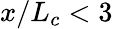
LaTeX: x/L_{c}<3